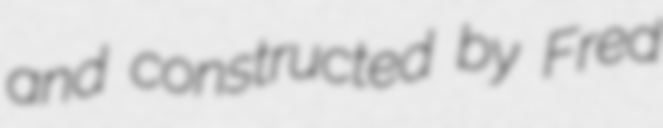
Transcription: and constructed by Fred